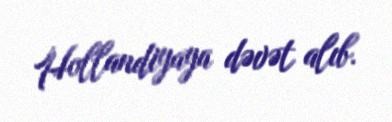
Hollandiyaya dəvət alıb.